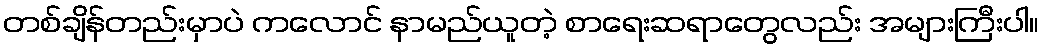
တစ်ချိန်တည်းမှာပဲ ကလောင် နာမည်ယူတဲ့ စာရေးဆရာတွေလည်း အများကြီးပါ။